Report of the Indian Hemp Drugs Commission, 1894-1895 - Volume I
Year: 1894
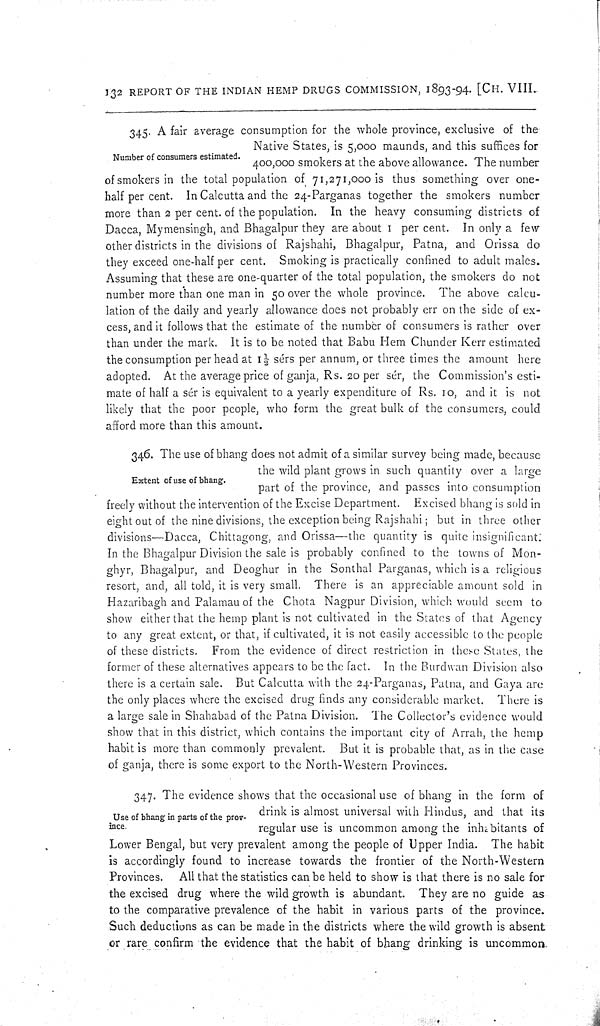
132 REPORT OF THE INDIAN HEMP DRUGS COMMISSION, 1893-94. [CH. VIII.
Number of consumers estimated.
345. A fair average consumption for the whole province, exclusive of the
Native States, is 5,000 maunds, and this suffices for
400,000 smokers at the above allowance. The number
of smokers in the total population of 71,271,000 is thus something over one-
half per cent. In Calcutta and the 24-Parganas together the smokers number
more than 2 per cent. of the population. In the heavy consuming districts of
Dacca, Mymensingh, and Bhagalpur they are about 1 per cent. In only a few
other districts in the divisions of Rajshahi, Bhagalpur, Patna, and Orissa do
they exceed one-half per cent. Smoking is practically confined to adult males.
Assuming that these are one-quarter of the total population, the smokers do not
number more than one man in 50 over the whole province. The above calcu-
lation of the daily and yearly allowance does not probably err on the side of ex-
cess, and it follows that the estimate of the number of consumers is rather over
than under the mark. It is to be noted that Babu Hem Chunder Kerr estimated
the consumption per head at 11/2 sérs per annum, or three times the amount here
adopted. At the average price of ganja, Rs. 20 per sér, the Commission's esti-
mate of half a sér is equivalent to a yearly expenditure of Rs. 10, and it is not
likely that the poor people, who form the great bulk of the consumers, could
afford more than this amount.
Extent of use of bhang.
346. The use of bhang does not admit of a similar survey being made, because
the wild plant grows in such quantity over a large
part of the province, and passes into consumption
freely without the intervention of the Excise Department. Excised bhang is sold in
eight out of the nine divisions, the exception being Rajshahi; but in three other
divisions—Dacca, Chittagong, and Orissa—the quantity is quite insignificant:
In the Bhagalpur Division the sale is probably confined to the towns of Mon-
ghyr, Bhagalpur, and Deoghur in the Sonthal Parganas, which is a religious
resort, and, all told, it is very small. There is an appreciable amount sold in
Hazaribagh and Palamau of the Chota Nagpur Division, which would seem to
show either that the hemp plant is not cultivated in the States of that Agency
to any great extent, or that, if cultivated, it is not easily accessible to the people
of these districts. From the evidence of direct restriction in these States, the
former of these alternatives appears to be the fact. In the Burdwan Division also
there is a certain sale. But Calcutta with the 24-Parganas, Patna, and Gaya are
the only places where the excised drug finds any considerable market. There is
a large sale in Shahabad of the Patna Division. The Collector's evidence would
show that in this district, which contains the important city of Arrah, the hemp
habit is more than commonly prevalent. But it is probable that, as in the case
of ganja, there is some export to the North-Western Provinces.
Use of bhang in parts of the prov-
ince.
347. The evidence shows that the occasional use of bhang in the form of
drink is almost universal with Hindus, and that its
regular use is uncommon among the inhabitants of
Lower Bengal, but very prevalent among the people of Upper India. The habit
is accordingly found to increase towards the frontier of the North-Western
Provinces. All that the statistics can be held to show is that there is no sale for
the excised drug where the wild growth is abundant. They are no guide as
to the comparative prevalence of the habit in various parts of the province.
Such deductions as can be made in the districts where the wild growth is absent
or rare confirm the evidence that the habit of bhang drinking is uncommon